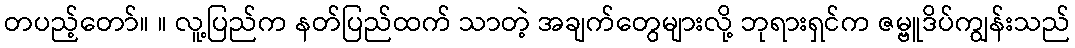
တပည့်တော်။ ။ လူ့ပြည်က နတ်ပြည်ထက် သာတဲ့ အချက်တွေများလို့ ဘုရားရှင်က ဇမ္ဗူဒိပ်ကျွန်းသည်